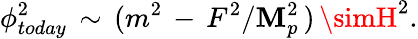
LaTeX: \phi_{today}^{2}\, \sim\, (m^{2}\, -\, F^{2}/\mathbf{M}_{p}^{2}\, )\, \simH^{2}.